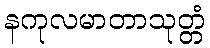
နကုလမာတာသုတ္တံ